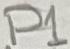
Text: P1